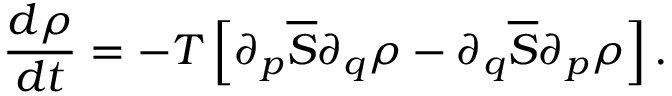
\frac { d \rho } { d t } = - T \left[ \partial _ { p } \overline { { S } } \partial _ { q } \rho - \partial _ { q } \overline { { S } } \partial _ { p } \rho \right] .